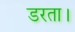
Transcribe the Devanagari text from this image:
डरता।